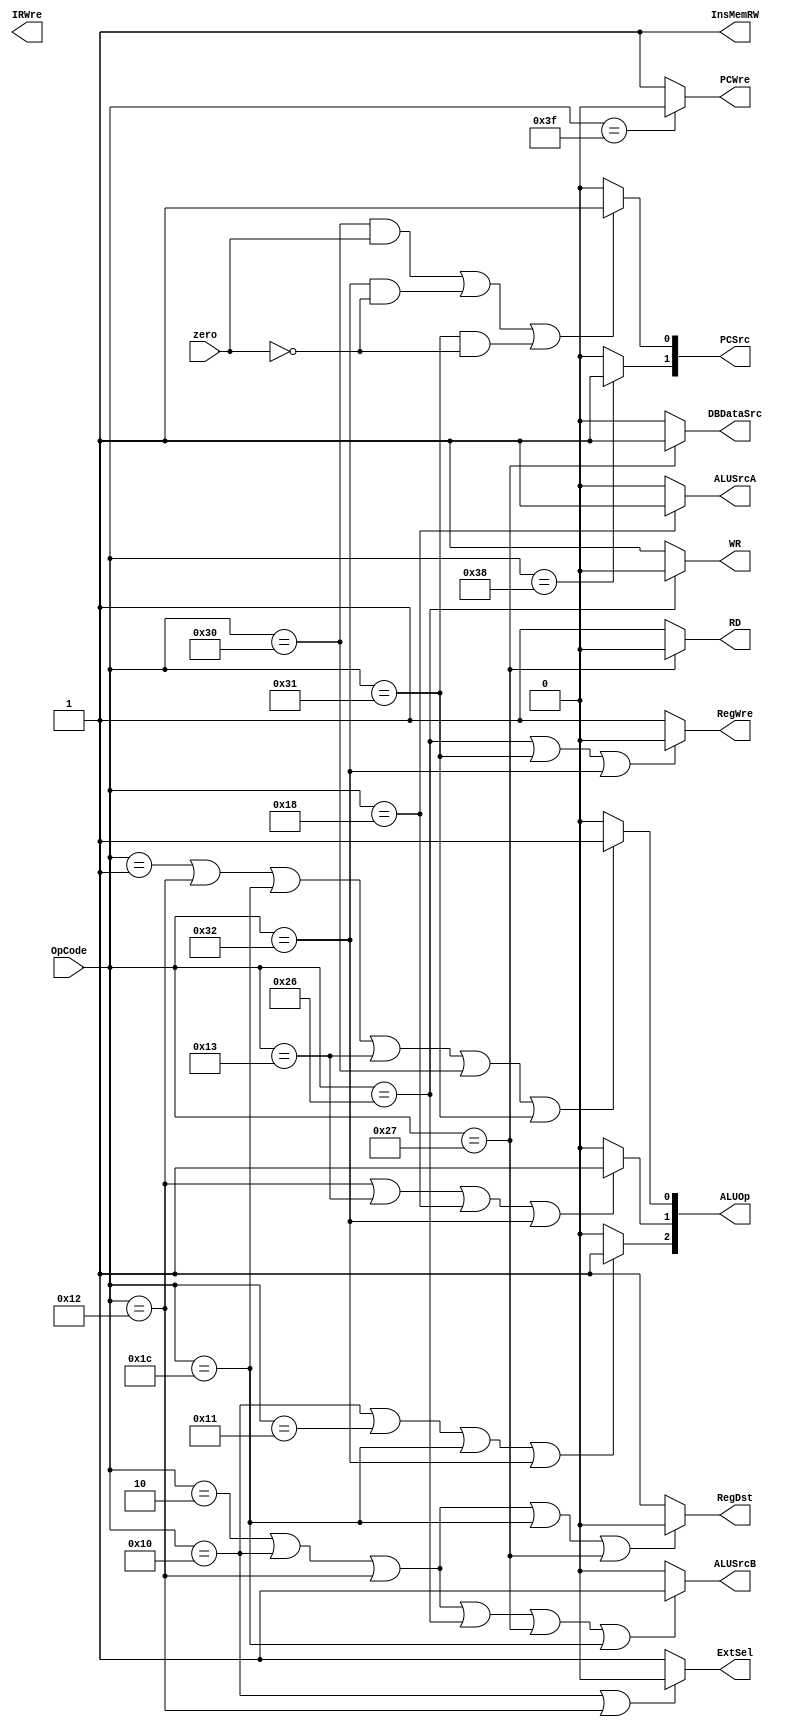
module ControlUnit(
    //
    input [5:0] OpCode,
    input zero,

    output PCWre,
    output ALUSrcA, 
    output ALUSrcB,
    output DBDataSrc,
    output RegWre,
    output InsMemRW,
    output RD,
    output WR,
    output ExtSel,
    output RegDst,
    output [1:0] PCSrc,
    output [2:0] ALUOp,

    output IRWre
);



    //opcode10
    assign PCWre = (OpCode == 6'b111111) ? 0 : 1;
    assign ALUSrcA = (OpCode == 6'b011000) ? 1 : 0;
    assign ALUSrcB = (OpCode == 6'b000010 || OpCode == 6'b010000 || OpCode == 6'b010010
        || OpCode == 6'b100110 || OpCode == 6'b100111 || OpCode == 6'b011100) ? 1 : 0;
    assign DBDataSrc = (OpCode == 6'b100111) ? 1 : 0;
    assign RegWre = (OpCode == 6'b100110 || OpCode == 6'b110001 || OpCode == 6'b110010) ? 0 : 1;
    assign InsMemRW = 1;
    assign RD = (OpCode == 6'b100111) ? 0 : 1;
    assign WR = (OpCode == 6'b100110) ? 0 : 1;
    assign ExtSel = (OpCode == 6'b010000 || OpCode == 6'b010010) ? 0 : 1;
    assign RegDst = (OpCode == 6'b000010 || OpCode == 6'b010000 || OpCode == 6'b010010
        || OpCode == 6'b011100 || OpCode == 6'b100111) ? 0 : 1;
    assign PCSrc[0] = ((OpCode == 6'b110000 && zero == 1) || (OpCode == 6'b110010 && zero == 0) || (OpCode == 6'b110001 && zero == 0)) ? 1 : 0;
    assign PCSrc[1] = (OpCode == 6'b111000) ? 1 : 0;
    assign ALUOp[2] = (OpCode == 6'b010000 || OpCode == 6'b010001 || OpCode == 6'b011100 || OpCode == 6'b110010) ? 1 : 0;
    assign ALUOp[1] = (OpCode == 6'b010010 || OpCode == 6'b010011 || OpCode == 6'b011000 || OpCode == 6'b110010) ? 1 : 0;
    assign ALUOp[0] = (OpCode == 6'b000001 || OpCode == 6'b010010 
        || OpCode == 6'b011100 || OpCode == 6'b010011 || OpCode == 6'b110000 || OpCode == 6'b110001) ? 1 : 0;
endmodule